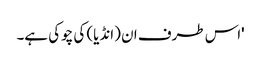
'اس طرف ان (انڈیا) کی چوکی ہے۔